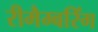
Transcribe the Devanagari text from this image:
रीमैम्बरिंग